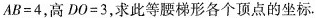
$$A B = 4$$，高$$D O = 3$$，求此等腰梯形各个顶点的坐标。